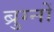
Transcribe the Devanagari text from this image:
ब्रुग्नों